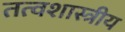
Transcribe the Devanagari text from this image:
तत्वशास्त्रीय